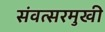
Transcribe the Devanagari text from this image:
संवत्सरमुखी